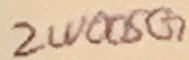
Text: 2W005G